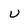
Character: u